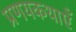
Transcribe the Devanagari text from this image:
प्रणयकथाएँ